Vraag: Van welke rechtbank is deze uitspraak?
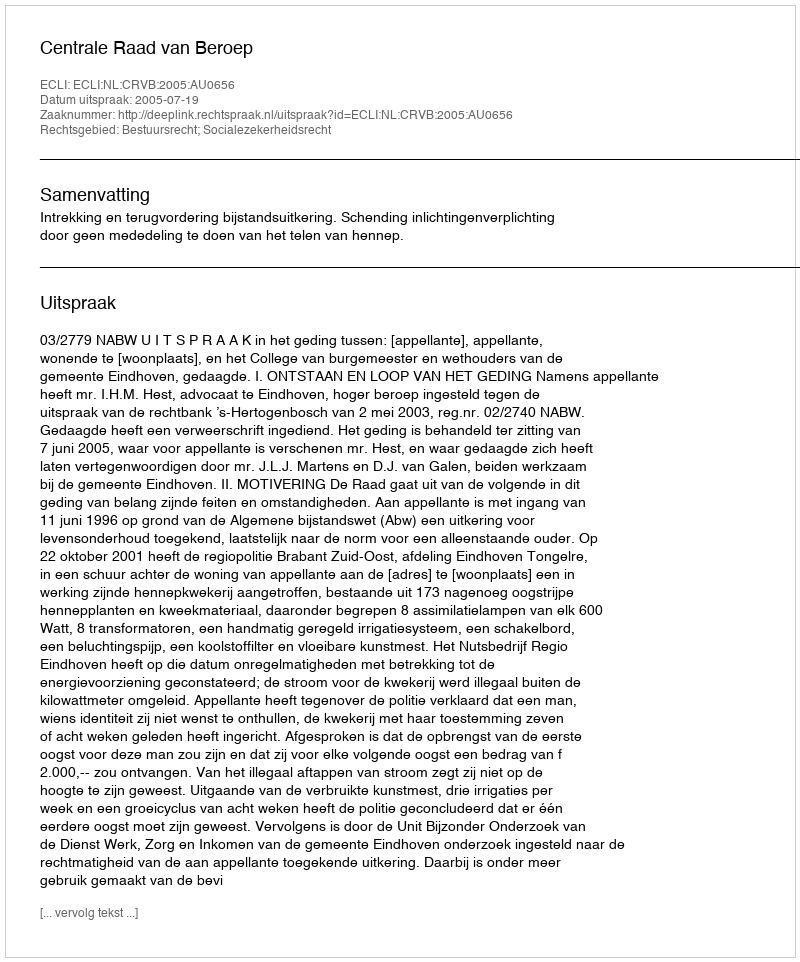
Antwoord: Centrale Raad van Beroep